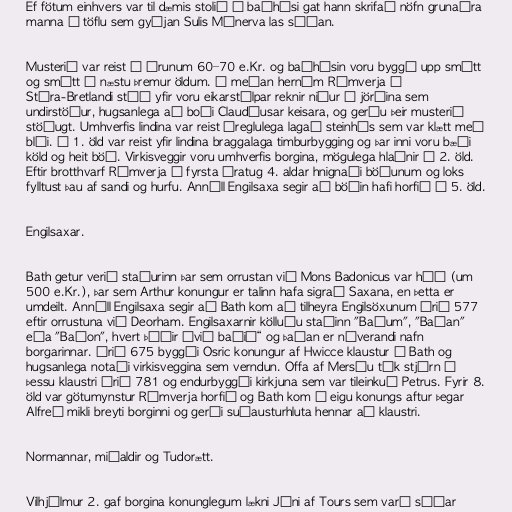
Ef fötum einhvers var til dæmis stolið í baðhúsi gat hann skrifað nöfn grunaðra
manna á töflu sem gyðjan Sulis Mínerva las síðan.

Musterið var reist á árunum 60–70 e.Kr. og baðhúsin voru byggð upp smátt
og smátt á næstu þremur öldum. Á meðan hernám Rómverja á
Stóra-Bretlandi stóð yfir voru eikarstólpar reknir niður í jörðina sem
undirstöður, hugsanlega að boði Claudíusar keisara, og gerðu þeir musterið
stöðugt. Umhverfis lindina var reist óreglulega lagað steinhús sem var klætt með
blýi. Á 1. öld var reist yfir lindina braggalaga timburbygging og þar inni voru bæði
köld og heit böð. Virkisveggir voru umhverfis borgina, mögulega hlaðnir á 2. öld.
Eftir brotthvarf Rómverja á fyrsta áratug 4. aldar hnignaði böðunum og loks
fylltust þau af sandi og hurfu. Annáll Engilsaxa segir að böðin hafi horfið á 5. öld.

Engilsaxar.

Bath getur verið staðurinn þar sem orrustan við Mons Badonicus var háð (um
500 e.Kr.), þar sem Arthur konungur er talinn hafa sigrað Saxana, en þetta er
umdeilt. Annáll Engilsaxa segir að Bath kom að tilheyra Engilsöxunum árið 577
eftir orrustuna við Deorham. Engilsaxarnir kölluðu staðinn "Baðum", "Baðan"
eða "Baðon", hvert þýðir „við baðið“ og þaðan er núverandi nafn
borgarinnar. Árið 675 byggði Osric konungur af Hwicce klaustur í Bath og
hugsanlega notaði virkisveggina sem verndun. Offa af Mersíu tók stjórn á
þessu klaustri árið 781 og endurbyggði kirkjuna sem var tileinkuð Petrus. Fyrir 8.
öld var götumynstur Rómverja horfið og Bath kom í eigu konungs aftur þegar
Alfreð mikli breyti borginni og gerði suðausturhluta hennar að klaustri.

Normannar, miðaldir og Tudorætt.

Vilhjálmur 2. gaf borgina konunglegum lækni Jóni af Tours sem varð síðar